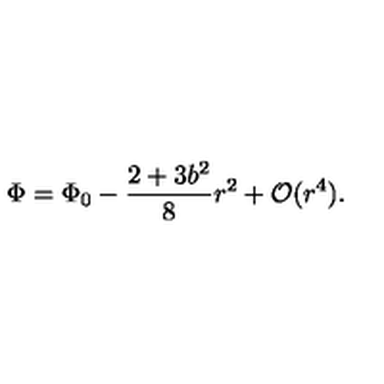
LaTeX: \Phi = \Phi _ { 0 } - \frac { 2 + 3 b ^ { 2 } } { 8 } r ^ { 2 } + { \cal O } ( r ^ { 4 } ) .